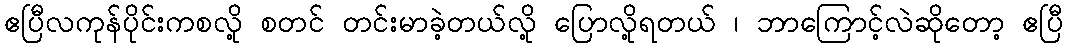
ဧပြီလကုန်ပိုင်းကစလို့ စတင် တင်းမာခဲ့တယ်လို့ ပြောလို့ရတယ် ၊ ဘာကြောင့်လဲဆိုတော့ ဧပြီ